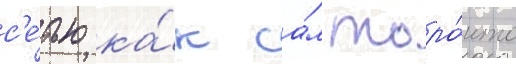
с'е́тью ка́к са́м торо́нто